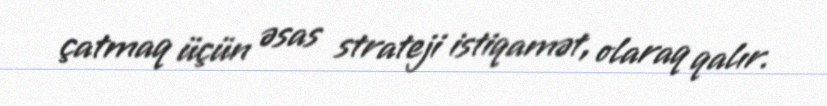
çatmaq üçün əsas strateji istiqamət, olaraq qalır.